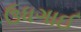
ઉધગાઈ